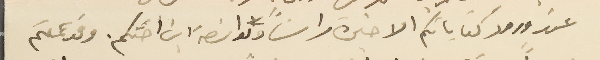
عند ورود كتاباتكم الاخيرة راساً وبواسطة ابن اختكم. وقد عملتم